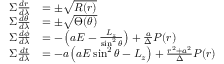
{ \begin{array} { r l } { \Sigma { \frac { d r } { d \lambda } } } & { = \pm { \sqrt { R ( r ) } } } \\ { \Sigma { \frac { d \theta } { d \lambda } } } & { = \pm { \sqrt { \Theta ( \theta ) } } } \\ { \Sigma { \frac { d \phi } { d \lambda } } } & { = - \left( a E - { \frac { L _ { z } } { \sin ^ { 2 } \theta } } \right) + { \frac { a } { \Delta } } P ( r ) } \\ { \Sigma { \frac { d t } { d \lambda } } } & { = - a \left( a E \sin ^ { 2 } \theta - L _ { z } \right) + { \frac { r ^ { 2 } + a ^ { 2 } } { \Delta } } P ( r ) } \end{array} }